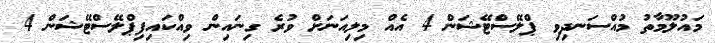
މައުލޫމާތު މުއްސަނދިވި ޕްލޭސްޓޭޝަން 4 އެއް މިލިއަނަށް ވުރެ ގިނައިން ވިއްކައިފިޕްލޭސްޓޭޝަން 4